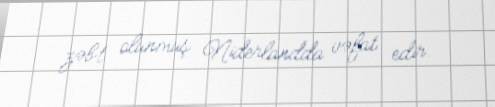
zəbt olunmuş Niderlandda vəfat edir.